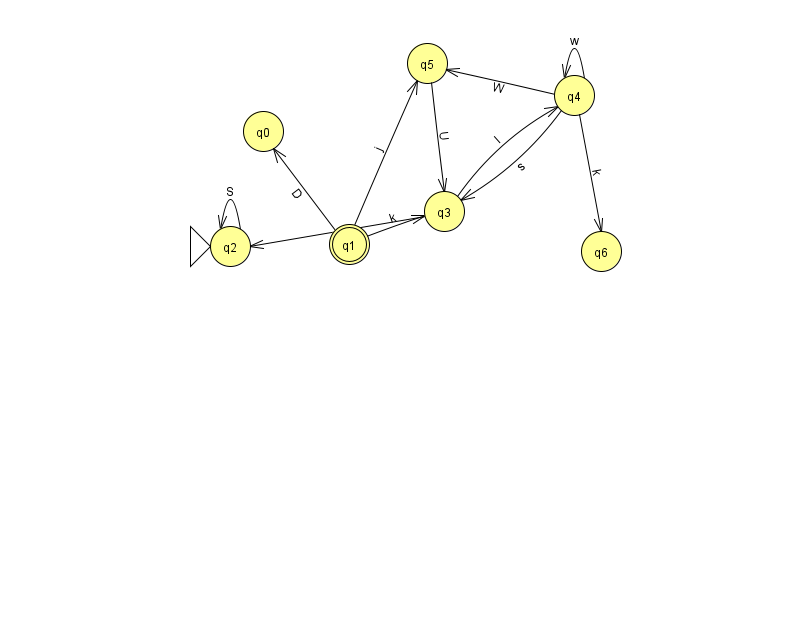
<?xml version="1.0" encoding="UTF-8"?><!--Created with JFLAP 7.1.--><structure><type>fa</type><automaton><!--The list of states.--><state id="0" name="q0"><x>263.0</x><y>118.0</y></state><state id="1" name="q1"><x>349.0</x><y>231.0</y><final/></state><state id="2" name="q2"><x>230.0</x><y>233.0</y><initial/></state><state id="3" name="q3"><x>444.0</x><y>198.0</y></state><state id="4" name="q4"><x>574.0</x><y>82.0</y></state><state id="5" name="q5"><x>427.0</x><y>50.0</y></state><state id="6" name="q6"><x>601.0</x><y>238.0</y></state><!--The list of transitions.--><transition><from>1</from><to>5</to><read>j</read></transition><transition><from>4</from><to>5</to><read>W</read></transition><transition><from>2</from><to>2</to><read>S</read></transition><transition><from>4</from><to>3</to><read>s</read></transition><transition><from>5</from><to>3</to><read>U</read></transition><transition><from>1</from><to>3</to><read>k</read></transition><transition><from>4</from><to>4</to><read>w</read></transition><transition><from>3</from><to>2</to><read>C</read></transition><transition><from>1</from><to>0</to><read>D</read></transition><transition><from>3</from><to>4</to><read>l</read></transition><transition><from>4</from><to>6</to><read>k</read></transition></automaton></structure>